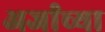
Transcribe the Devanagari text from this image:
अर्जांच्या